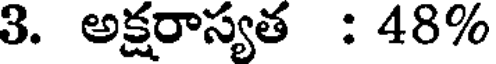
3. అక్షరాస్యత : 48%